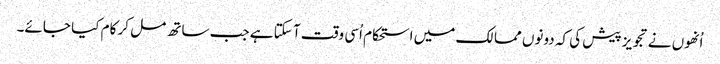
اُنھوں نے تجویز پیش کی کہ دونوں ممالک میں استحکام اُسی وقت آ سکتا ہے جب ساتھ مل کر کام کیا جائے۔